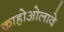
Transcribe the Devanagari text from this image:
काहोओलावे